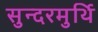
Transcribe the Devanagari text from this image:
सुन्दरमुर्थि